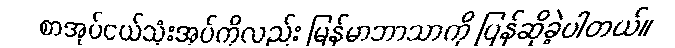
စာအုပ်ငယ်သုံးအုပ်ကိုလည်း မြန်မာဘာသာကို ပြန်ဆိုခဲ့ပါတယ်။